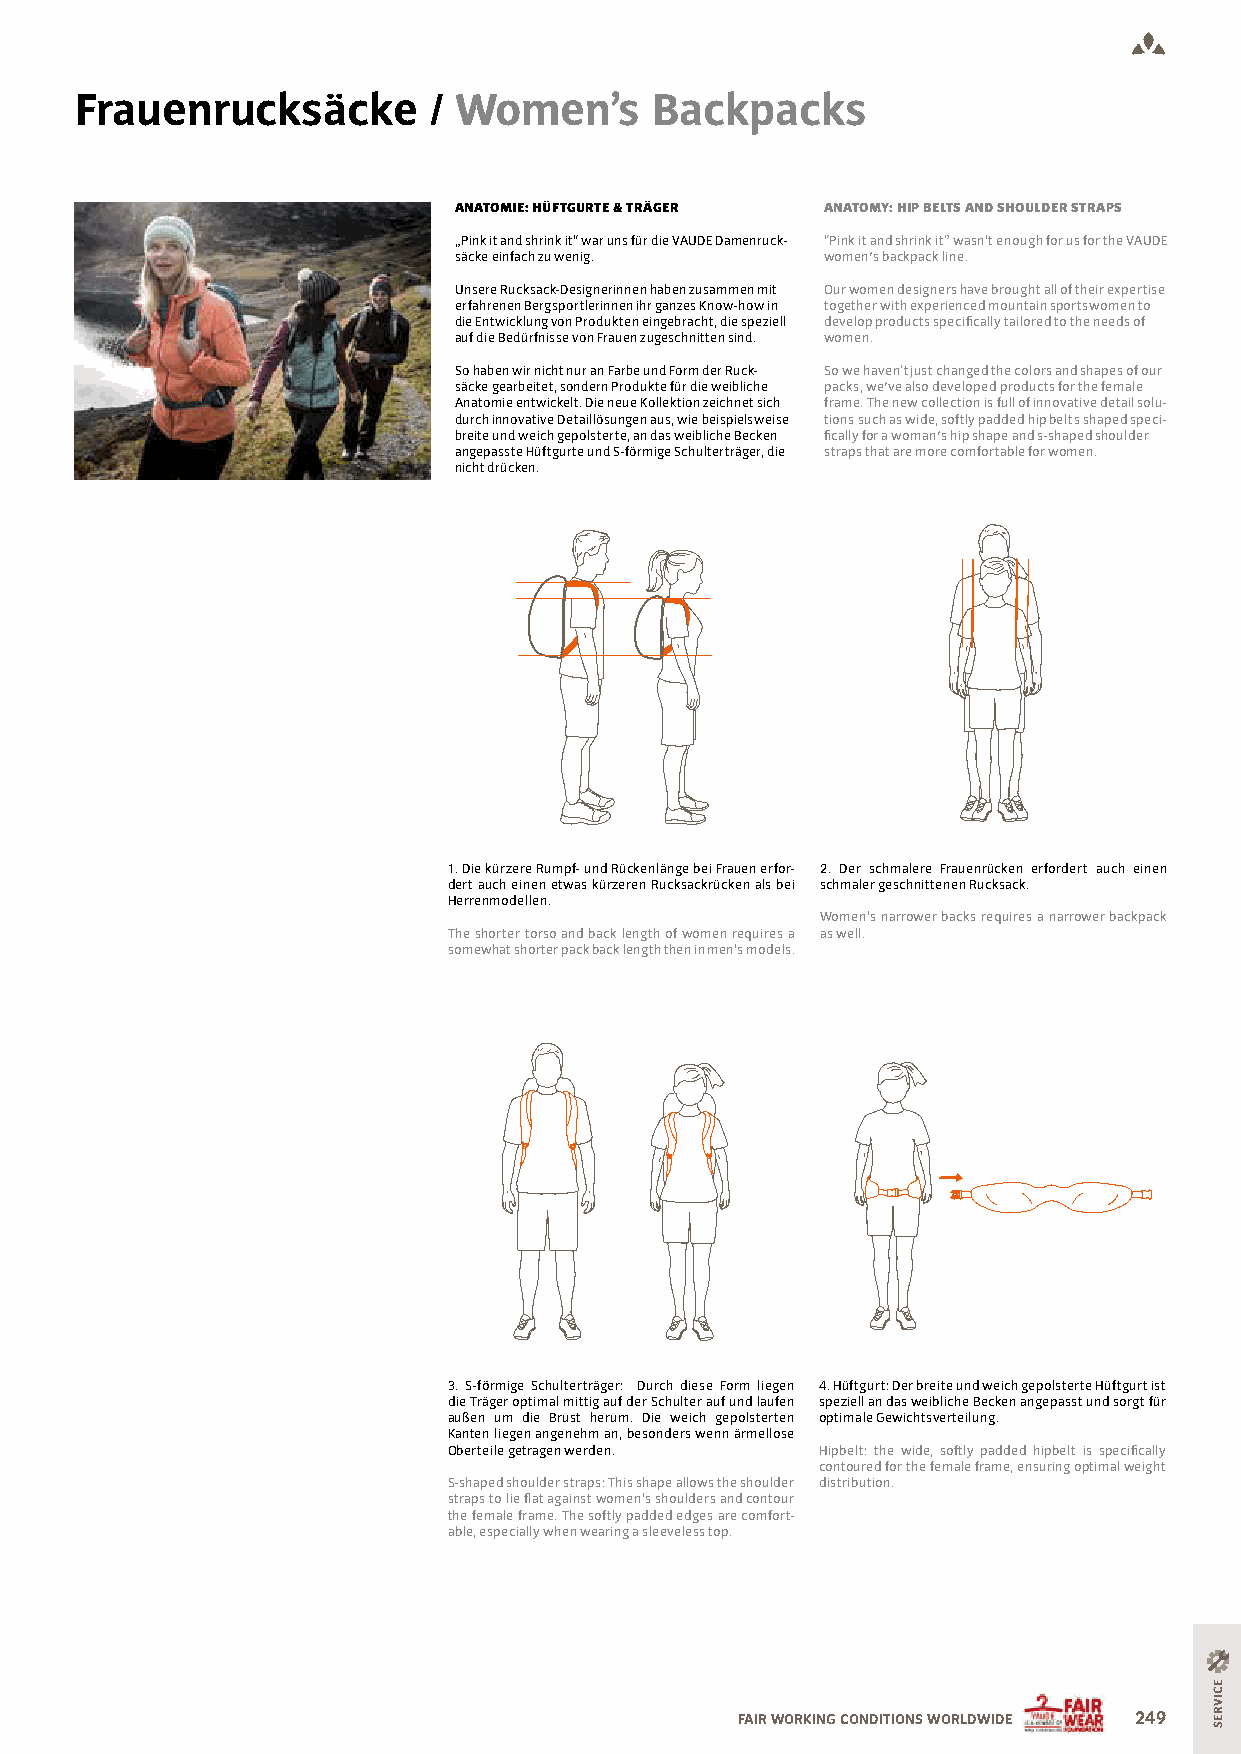
Frauenrucksäcke        / Women’s      Backpacks
 ANATOMIE: HÜFTGURTE & TRÄGER ANATOMY: HIP BELTS AND SHOULDER STRAPS
 „Pink it and shrink it“ war uns für die VAUDE Damenruck- “Pink it and shrink it” wasn‘t enough for us for the VAUDE
 säcke einfach zu wenig.  women's backpack line.
 Unsere Rucksack-Designerinnen haben zusammen mit Our women designers have brought all of their expertise
 erfahrenen Bergsportlerinnen ihr ganzes Know-how in together with experienced mountain sportswomen to
 die Entwicklung von Produkten eingebracht, die speziell develop products speciically tailored to the needs of
 auf die Bedürfnisse von Frauen zugeschnitten sind. women.
 So haben wir nicht nur an Farbe und Form der Ruck- So we haven‘t just changed the colors and shapes of our
 säcke gearbeitet, sondern Produkte für die weibliche packs, we've also developed products for the female
 Anatomie entwickelt. Die neue Kollektion zeichnet sich frame. The new collection is full of innovative detail solu-
 durch innovative Detaillösungen aus, wie beispielsweise tions such as wide, softly padded hip belts shaped speci-
 breite und weich gepolsterte, an das weibliche Becken ically for a woman's hip shape and s-shaped shoulder
 angepasste Hüftgurte und S-förmige Schulterträger, die straps that are more comfortable for women.
 nicht drücken.
 1. Die kürzere Rumpf- und Rückenlänge bei Frauen erfor- 2. Der schmalere Frauenrücken erfordert auch einen
 dert auch einen etwas kürzeren Rucksackrücken als bei schmaler geschnittenen Rucksack.
 Herrenmodellen.
 Women‘s narrower backs requires a narrower backpack
 The shorter torso and back length of women requires a as well.
 somewhat shorter pack back length then in men‘s models.
 3. S-förmige Schulterträger: Durch diese Form liegen 4. Hüftgurt: Der breite und weich gepolsterte Hüftgurt ist
 die Träger optimal mittig auf der Schulter auf und laufen speziell an das weibliche Becken angepasst und sorgt für
 außen um die Brust herum. Die weich gepolsterten optimale Gewichtsverteilung.
 Kanten liegen angenehm an, besonders wenn ärmellose
 Oberteile getragen werden. Hipbelt: the wide, softly padded hipbelt is speciically
 contoured for the female frame, ensuring optimal weight
 S-shaped shoulder straps: This shape allows the shoulder distribution.
 straps to lie lat against women‘s shoulders and contour
 the female frame. The softly padded edges are comfort-
 able, especially when wearing a sleeveless top.
 FAIR WORKING CONDITIONS WORLDWIDE 249
 ECIVRES